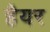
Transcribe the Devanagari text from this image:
हैयर